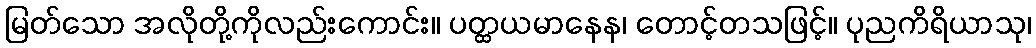
မြတ်သော အလိုတို့ကိုလည်းကောင်း။ ပတ္ထယမာနေန၊ တောင့်တသဖြင့်။ ပုညကိရိယာသု၊